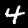
Label: 4